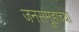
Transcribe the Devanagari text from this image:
जनसमूहाच्या